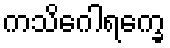
ကသိဂေါရက္ခေ